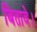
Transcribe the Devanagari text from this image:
बितावे।